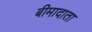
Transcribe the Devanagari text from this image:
बीमादाता